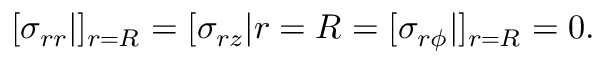
[ \sigma _ { r r } | ] _ { r = R } = [ \sigma _ { r z } | { r = R } = [ \sigma _ { r \phi } | ] _ { r = R } = 0 .